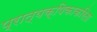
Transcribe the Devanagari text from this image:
प्रात्यक्षिकाकरिता